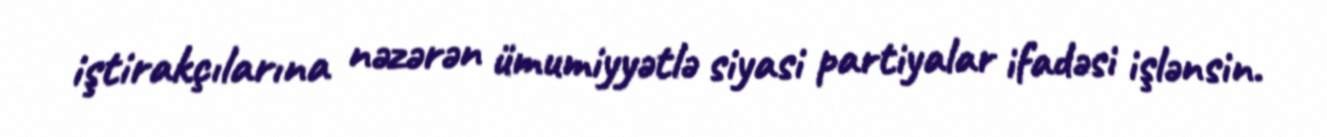
iştirakçılarına nəzərən ümumiyyətlə siyasi partiyalar ifadəsi işlənsin.